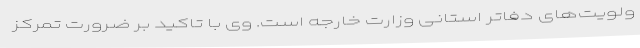
ولویت‌های دفاتر استانی وزارت خارجه است. وی با تاکید بر ضرورت تمرکز